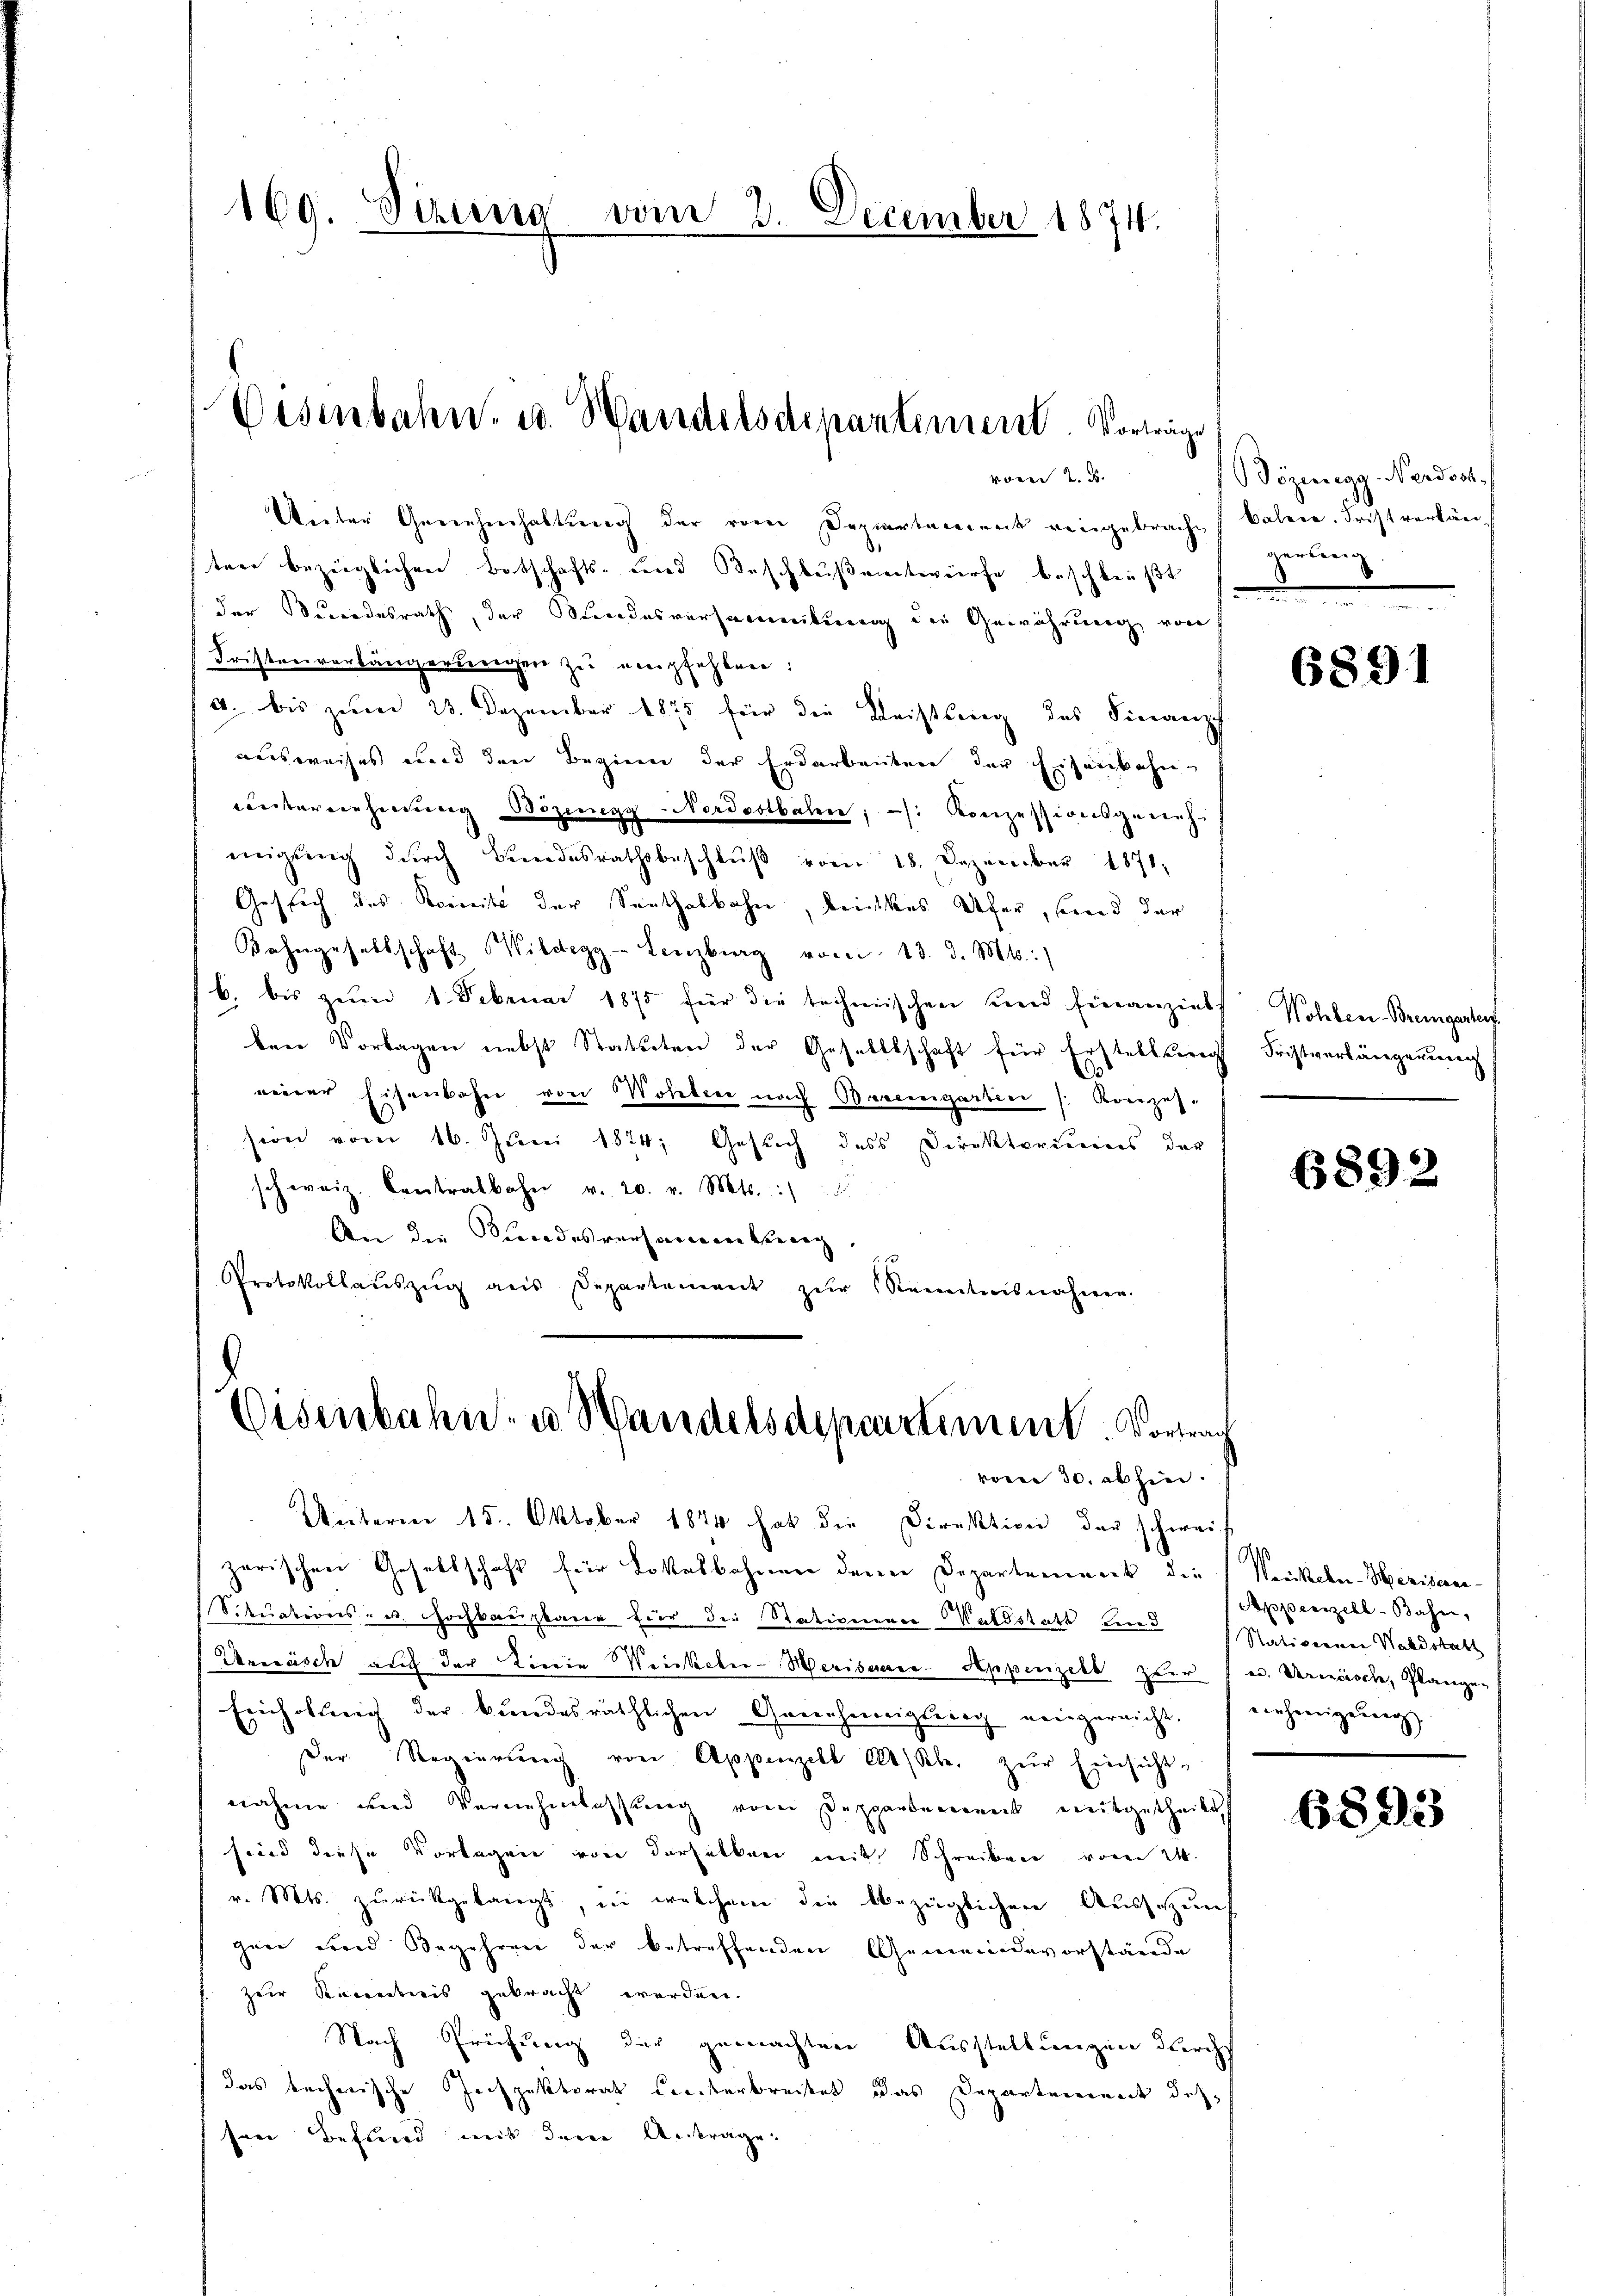
169. Sizung vom 2. December 1874.

Vesenbahn. u. Handelsdepantement. Vorträge
vom 2. d.

Unter Genehmhaltung der vom Departement eingebracht) kalen. Frist verlänsten bezüglichen Botschafts- und Beschlußantwürfe beschließt
der Bundesrath, der Mindesversammlung der Gewährung von
Fristen vorlängerungen zu empfehlen:
/4. bis zum 23. Dezember 1875 für die Leistung des Finanzc
ausweises und den Beginn der Erdarbeitere der Eisenbahn-
Untereinheidung Bozenegg-Nordostbalen; /: Konzessionsgerichmigŭng dŭrch Bundesrathsbeschlŭβ vom 18. Dezember 1871,
Gesuch des Reinik der Senthalbahn, brichtes Ufer, sind der
Bahngesellschaft Wildegg - Lenzburg vom 13. d. Mts.:
b. bis zŭm 1. Februar 1875 für die technischen und hinanziel-
ben Vorlagen nebst Statuten der Gesellschaft für Erstellung
neuer Eisenbahn von Wohlen nach Bremgarten Konzes-
sion vom 16. Juni 1874; Gesuch des Direktoriums der
schweiz. Contralbahn v. 20. v. Mts.
An die Kindesversamentierig
Protokollauszug aus Departement zŭr Kenntnisnahme.

Eisenbahn- u. Handelsdepartement. Vortrag
vom 30. abhin.

Gözenegg-Nerdsch
gerung
e

Unterm 15. Oktober 1874 hat die Direktion der schwei-
zarischen Gesellschaft für Lokalbahnen denen Departement die Werckeln-Meziserie-
Situations- u. Hochbauplane für die Stationener Waldstatt kein Stativerner Waldstat
Ureesisch auf der Linie Weiskeler-Herissesee-Appenzell zer es. Urenisch, Plange¬
Einholung der bundesräthlichen Genehmigŭng eingereicht, erhinigŭng
Der Regierung von Appenzell Absche zur Einsicht-
nahme und Vernehmlassung vom Departenannt mitgetheilt
sind diese Vorlagen von derselben mit Schreiben vom 24.
v. Mts. zurückgelangt, in welchem die bezüglichen Aussetzung
garn erend Begehren der betreffenden Gemeindevorstände
zur Kenntnis gebracht werden.
Nach Prüfung der gemachten Ausstellungen durchs
das technische echpektorat Kreisterbreistet das Departement des
sen Befund mit dem Antrage.

9

6891

Wohben-Bremgarten
Fristverlängerung

6892

Appenzell-Baher,

6893